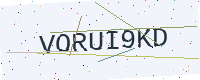
Text: VORUI9KD